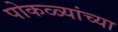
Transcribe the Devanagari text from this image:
पोकळ्यांच्या